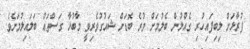
ފުރާޅަށް ލިބިފައިހުރި ގެއްލުން ބެލުމަށް ވުރެ ބޮޑަށް ޝައުގުވެރިވީ މާބުޅާ ގަސްތައް ބަލައިލުމަށެވެ.